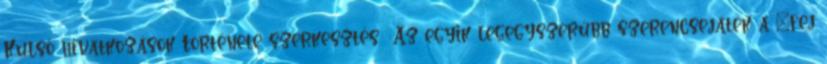
Külső hivatkozások Története szerkesztés Az egyik legegyszerűbb szerencsejáték a "fej